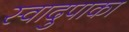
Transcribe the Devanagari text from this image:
स्वादुपाका